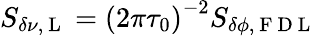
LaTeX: S_{\delta\nu,\mathrm{~L~}}=\left(2\pi\tau_{0}\right)^{-2}S_{\delta\phi,\mathrm{~F~D~L~}}